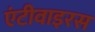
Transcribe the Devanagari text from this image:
एंटीवाइरस